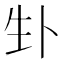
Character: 𪽁